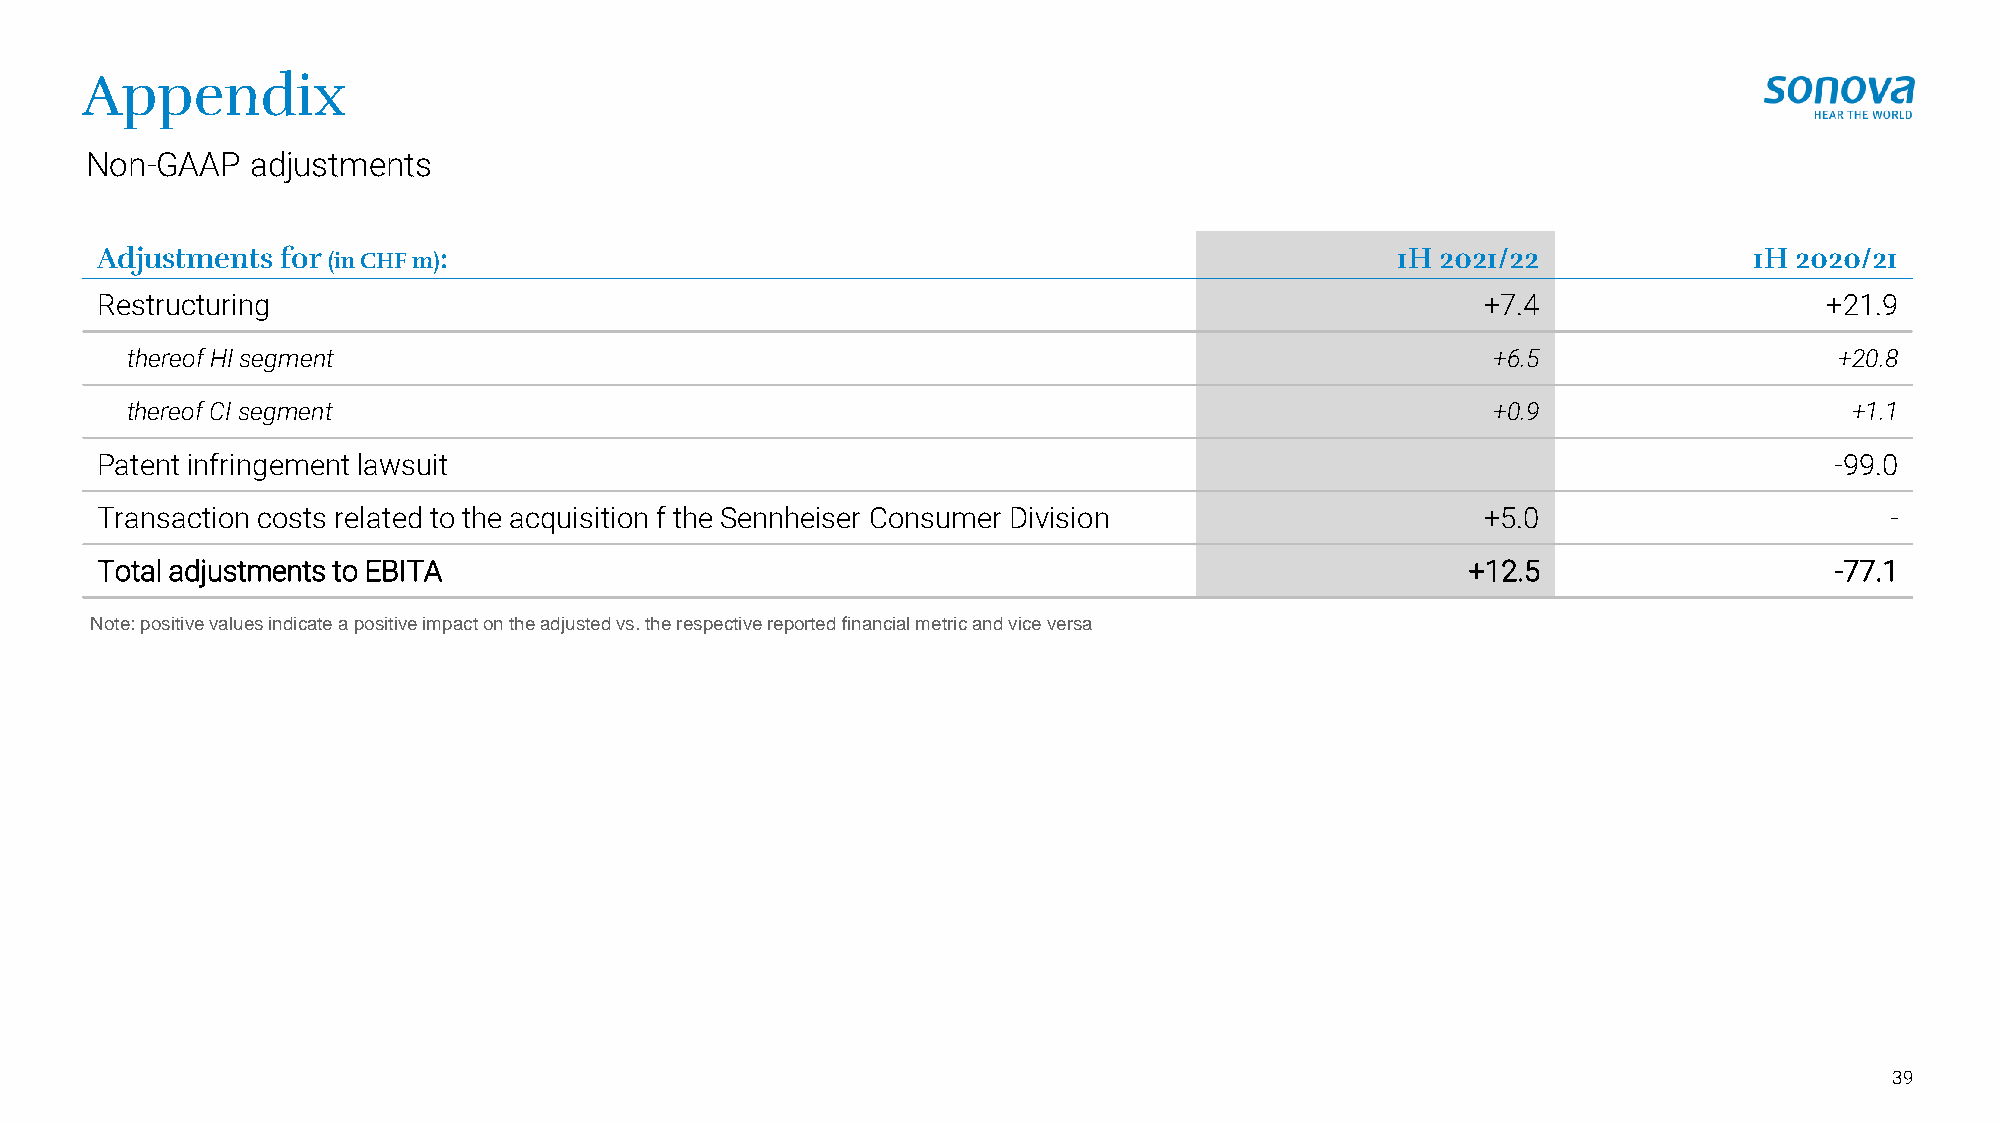
Appendix
 Non-GAAP   adjustments
 Adjustments  for (in CHF m):                                                          1H 2021/22              1H 2020/21
 Restructuring                                                                               +7.4                   +21.9
 thereof HI segment                                                                         +6.5                   +20.8
 thereof CI segment                                                                         +0.9                    +1.1
 Patent infringement lawsuit                                                                                        -99.0
 Transaction costs related to the acquisition f the Sennheiser Consumer Division             +5.0                       -
 Total adjustments to EBITA                                                                 +12.5                   -77.1
 Note: positive values indicate a positive impact on the adjusted vs. the respective reported financial metric and vice versa
 39